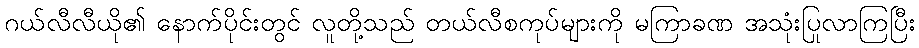
ဂယ်လီလီယို၏ နောက်ပိုင်းတွင် လူတို့သည် တယ်လီစကုပ်များကို မကြာခဏ အသုံးပြုလာကြပြီး